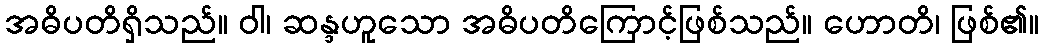
အဓိပတိရှိသည်။ ဝါ၊ ဆန္ဒဟူသော အဓိပတိကြောင့်ဖြစ်သည်။ ဟောတိ၊ ဖြစ်၏။